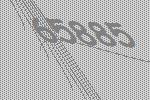
65885